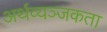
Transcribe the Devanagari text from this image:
अर्थव्यञ्जकता